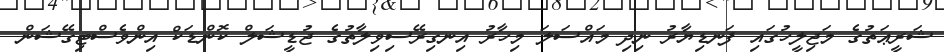
ޝަރީޢަތުގެ މަޖިލީހުގައި ފަނޑިޔާރު ނިދި މައްސަލަ މިހާރު އިނގިރޭސިވިލާތުގެ ޖުޑީޝަލް ކޮންޑަކް އިންވެސްޓިގޭޝަން